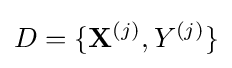
D=\{\mathbf {X} ^{(j)},Y^{(j)}\}